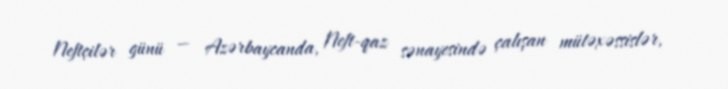
Neftçilər günü — Azərbaycanda, Neft-qaz sənayesində çalışan mütəxəssislər,